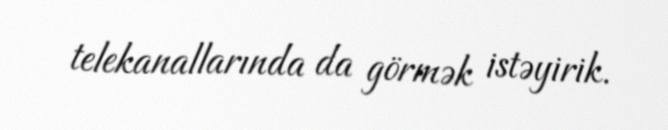
telekanallarında da görmək istəyirik.